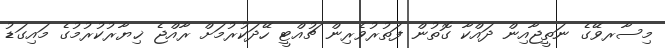
މިސާރވޭގެ ނަތީޖާއިން ދައްކާ ގޮތުން ފަތުރުވެރިން ޗުއްޓީ ހޭދަކުރުމަށް ރާއްޖެ ޚިޔާރުކުރުމުގެ މައިގަޑު